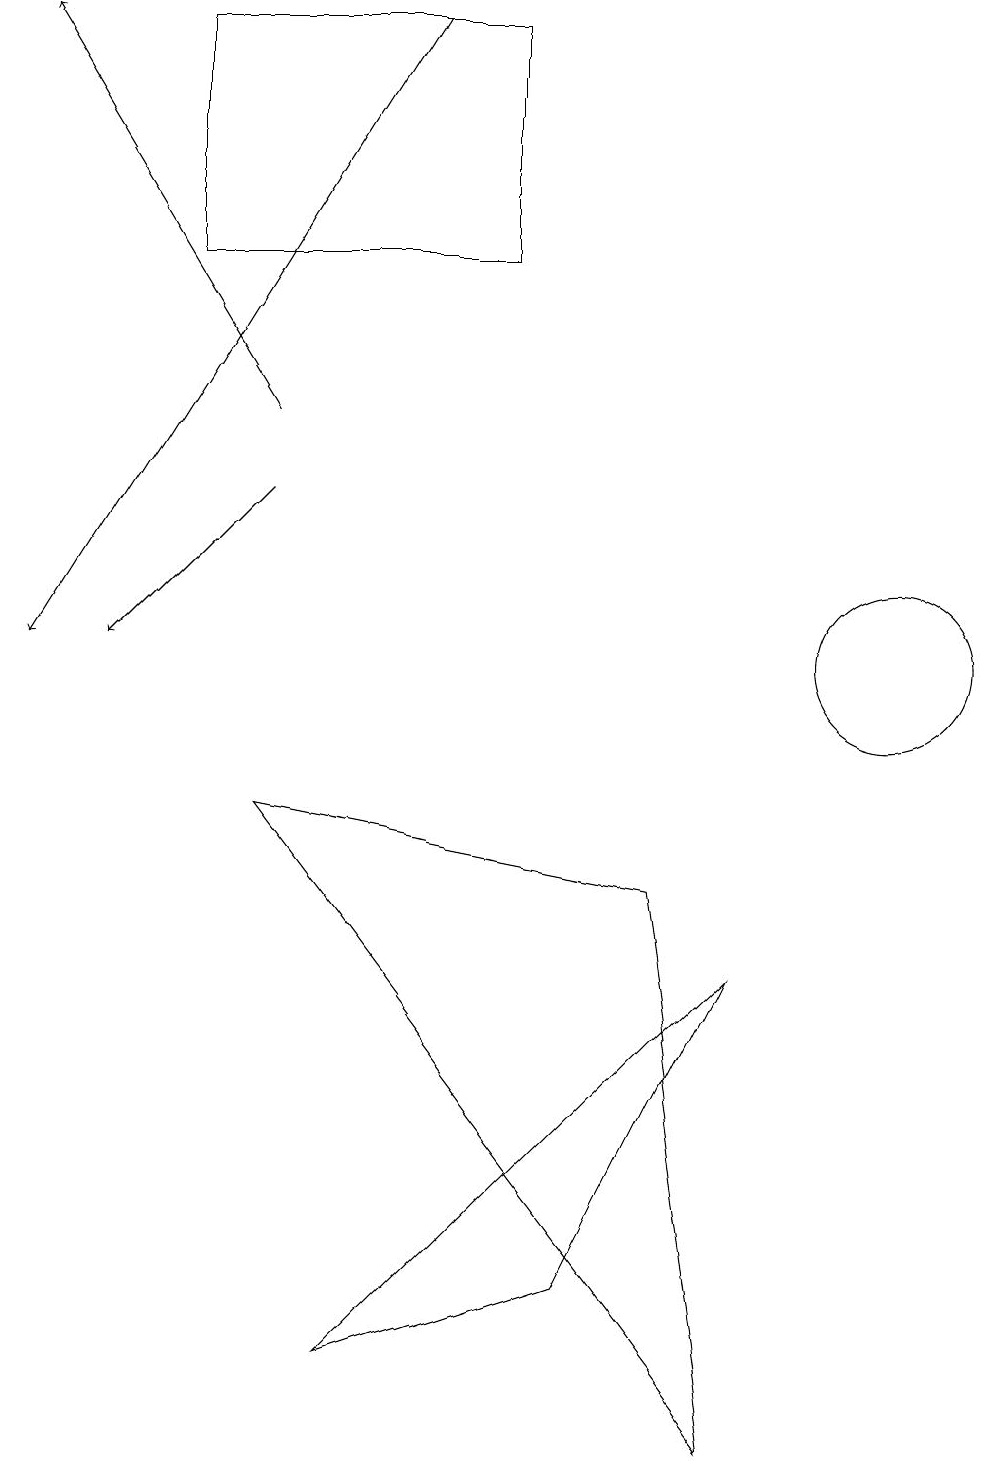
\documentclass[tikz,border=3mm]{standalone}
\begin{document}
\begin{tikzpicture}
\draw[->] (3,13) -- (0,18);
\draw (11,10) circle (1);
\draw[->] (3,12) -- (1,10);
\draw (6,18) rectangle (2,15);
\draw[->] (5,18) -- (0,10);
\draw (8,7) -- (3,8) -- (9,0) -- cycle;
\draw (9,6) -- (7,2) -- (4,1) -- cycle;
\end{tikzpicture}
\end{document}